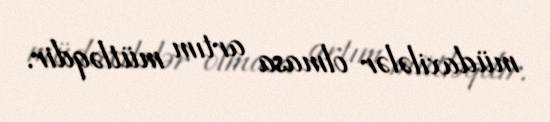
müdaxilələr olmasa artım mütləqdir.